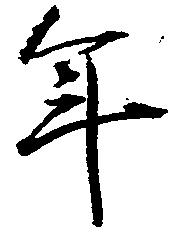
年